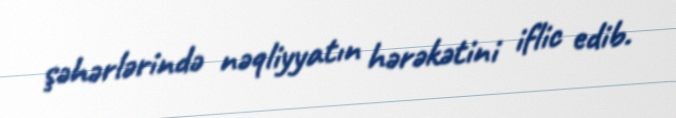
şəhərlərində nəqliyyatın hərəkətini iflic edib.